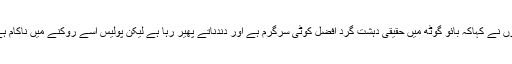
انہوں نے کہاکہ بائو گوٹھ میں حقیقی دہشت گرد افضل کوٹی سرگرم ہے اور دندناتے پھیر رہا ہے لیکن پولیس اسے روکنے میں ناکام ہے ۔